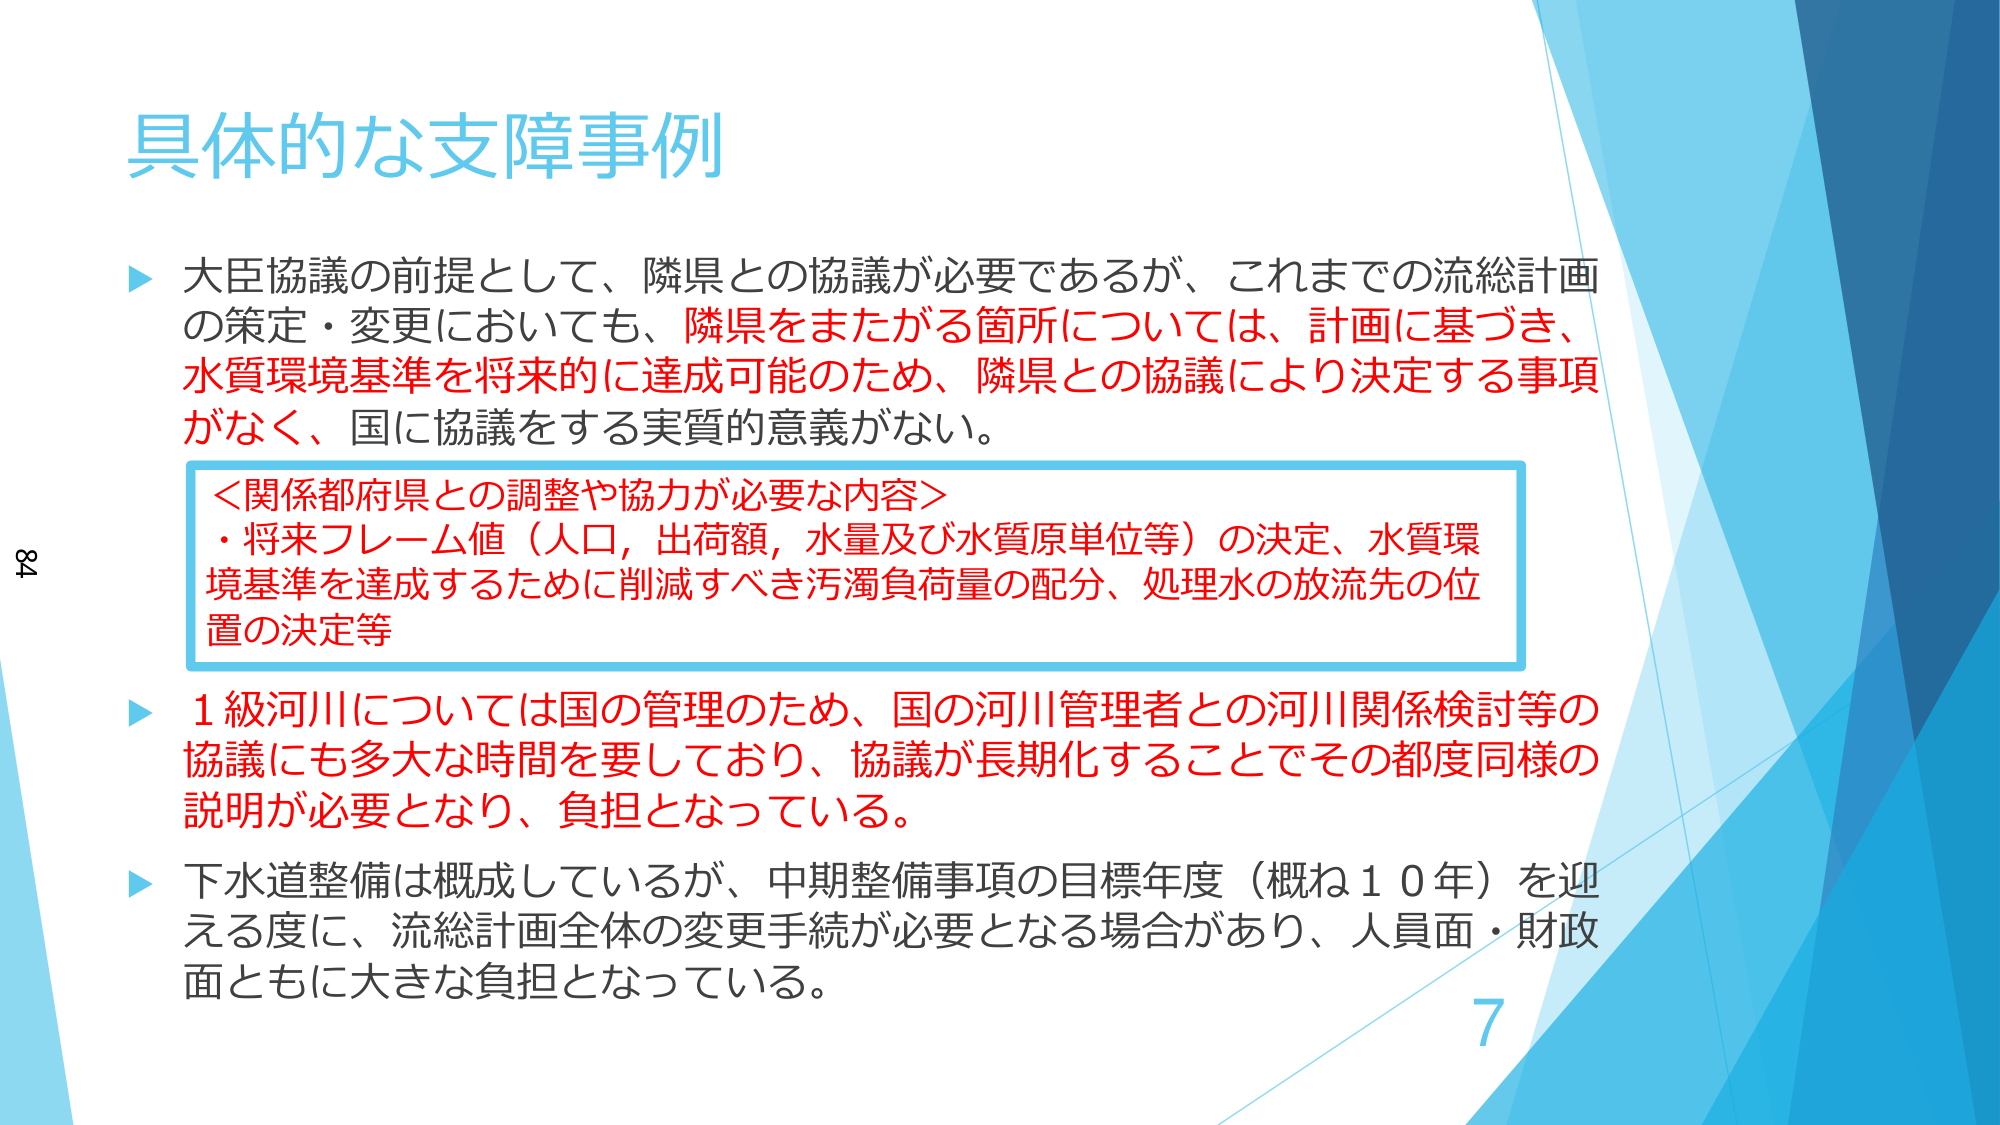
具体的な支障事例

▶ 大臣協議の前提として、隣県との協議が必要であるが、これまでの流総計画の策定・変更においても、隣県をまたがる箇所については、計画に基づき、水質環境基準を将来的に達成可能のため、隣県との協議により決定する事項がなく、国に協議をする実質的意義がない。

＜関係都府県との調整や協力が必要な内容＞
・将来フレーム値（人口，出荷額，水量及び水質原単位等）の決定、水質環境基準を達成するために削減すべき汚濁負荷量の配分、処理水の放流先の位置の決定等

▶ 1級河川については国の管理のため、国の河川管理者との河川関係検討等の協議にも多大な時間を要しており、協議が長期化することでその都度同様の説明が必要となり、負担となっている。

▶ 下水道整備は概成しているが、中期整備事項の目標年度（概ね10年）を迎える度に、流総計画全体の変更手続が必要となる場合があり、人員面・財政面ともに大きな負担となっている。

84
7